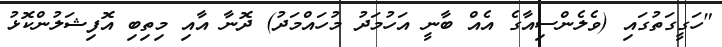
"ހަގީގަތުގައި (ވެލެންސިއާގެ އެއް ބާނީ އަހުމަދު މުހައްމަދު) ދޮނާ އާއި މިތިބި އޮފިޝަލުންކޮޅު